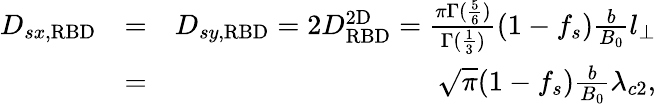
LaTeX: \begin{array}{rlr}{D_{sx,\mathrm{RBD}}}&{=}&{D_{sy,\mathrm{RBD}}=2D_{\mathrm{RBD}}^{\mathrm{2D}}=\frac{\pi\Gamma(\frac{5}{6})}{\Gamma(\frac{1}{3})}(1-f_{s})\frac{b}{B_{0}}l_{\perp}}\\ &{=}&{\sqrt{\pi}(1-f_{s})\frac{b}{B_{0}}\lambda_{c2},}\end{array}